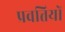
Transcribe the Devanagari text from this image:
प्रवत्तियों